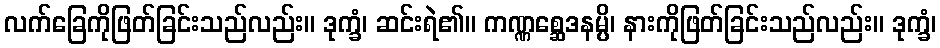
လက်ခြေကိုဖြတ်ခြင်းသည်လည်း။ ဒုက္ခံ၊ ဆင်းရဲ၏။ ကဏ္ဏစ္ဆေဒနမ္ပိ၊ နားကိုဖြတ်ခြင်းသည်လည်း။ ဒုက္ခံ၊